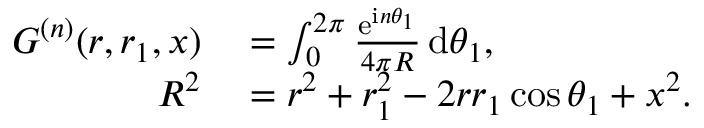
\begin{array} { r l } { G ^ { ( n ) } ( r , r _ { 1 } , x ) } & { { } = \int _ { 0 } ^ { 2 \pi } \frac { \mathrm { e } ^ { \mathrm { i } n \theta _ { 1 } } } { 4 \pi R } \, \mathrm { d } \theta _ { 1 } , } \\ { R ^ { 2 } } & { { } = r ^ { 2 } + r _ { 1 } ^ { 2 } - 2 r r _ { 1 } \cos \theta _ { 1 } + x ^ { 2 } . } \end{array}